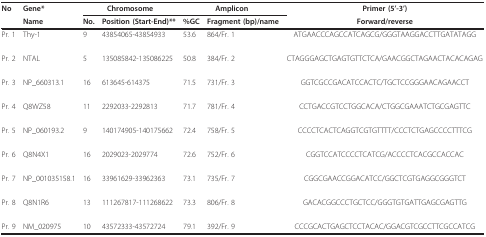
<table><thead><tr><td><b>No</b></td><td><b>Gene*</b></td><td colspan="2"><b>Chromosome</b></td><td colspan="2"><b>Amplicon</b></td><td><b>Primer (5&#x27;-3&#x27;)</b></td></tr><tr><td></td><td><b>Name</b></td><td><b>No.</b></td><td><b>Position (Start-End)**</b></td><td><b>%GC</b></td><td><b>Fragment (bp)/name</b></td><td><b>Forward/reverse</b></td></tr></thead><tbody><tr><td>Pr. 1</td><td>Thy-1</td><td>9</td><td>43854065-43854933</td><td>53.6</td><td>864/Fr. 1</td><td>ATGAACCCAGCCATCAGCG/GGGTAAGGACCTTGATATAGG</td></tr><tr><td>Pr. 2</td><td>NTAL</td><td>5</td><td>135085842-135086225</td><td>50.8</td><td>384/Fr. 2</td><td>CTAGGGAGCTGAGTGTTCTCA/GAACGGCTAGAACTACACAGAG</td></tr><tr><td>Pr. 3</td><td>NP_660313.1</td><td>16</td><td>613645-614375</td><td>71.5</td><td>731/Fr. 3</td><td>GGTCGCCGACATCCACTC/TGCTCCGGGAACAGAACCT</td></tr><tr><td>Pr. 4</td><td>Q8WZ58</td><td>11</td><td>2292033-2292813</td><td>71.7</td><td>781/Fr. 4</td><td>CCTGACCGTCCTGGCACA/CTGGCGAAATCTGCGAGTTC</td></tr><tr><td>Pr. 5</td><td>NP_060193.2</td><td>9</td><td>140174905-140175662</td><td>72.4</td><td>758/Fr. 5</td><td>CCCCTCACTCAGGTCGTGTTTT/CCCTCTGAGCCCCTTTCG</td></tr><tr><td>Pr. 6</td><td>Q8N4X1</td><td>16</td><td>2029023-2029774</td><td>72.6</td><td>752/Fr. 6</td><td>CGGTCCATCCCCTCATCG/ACCCCTCACGCCACCAC</td></tr><tr><td>Pr. 7</td><td>NP_001035158.1</td><td>16</td><td>33961629-33962363</td><td>73.1</td><td>735/Fr. 7</td><td>CGGCGAACCGGACATCC/GGCTCGTGAGGCGGGTCT</td></tr><tr><td>Pr. 8</td><td>Q8N1R6</td><td>13</td><td>111267817-111268622</td><td>73.3</td><td>806/Fr. 8</td><td>GACACGGCCCTGCTCC/GGGTGTGATTGAGCGAGTTG</td></tr><tr><td>Pr. 9</td><td>NM_020975</td><td>10</td><td>43572333-43572724</td><td>79.1</td><td>392/Fr. 9</td><td>CCCGCACTGAGCTCCTACAC/GGACGTCGCCTTCGCCATCG</td></tr></tbody></table>